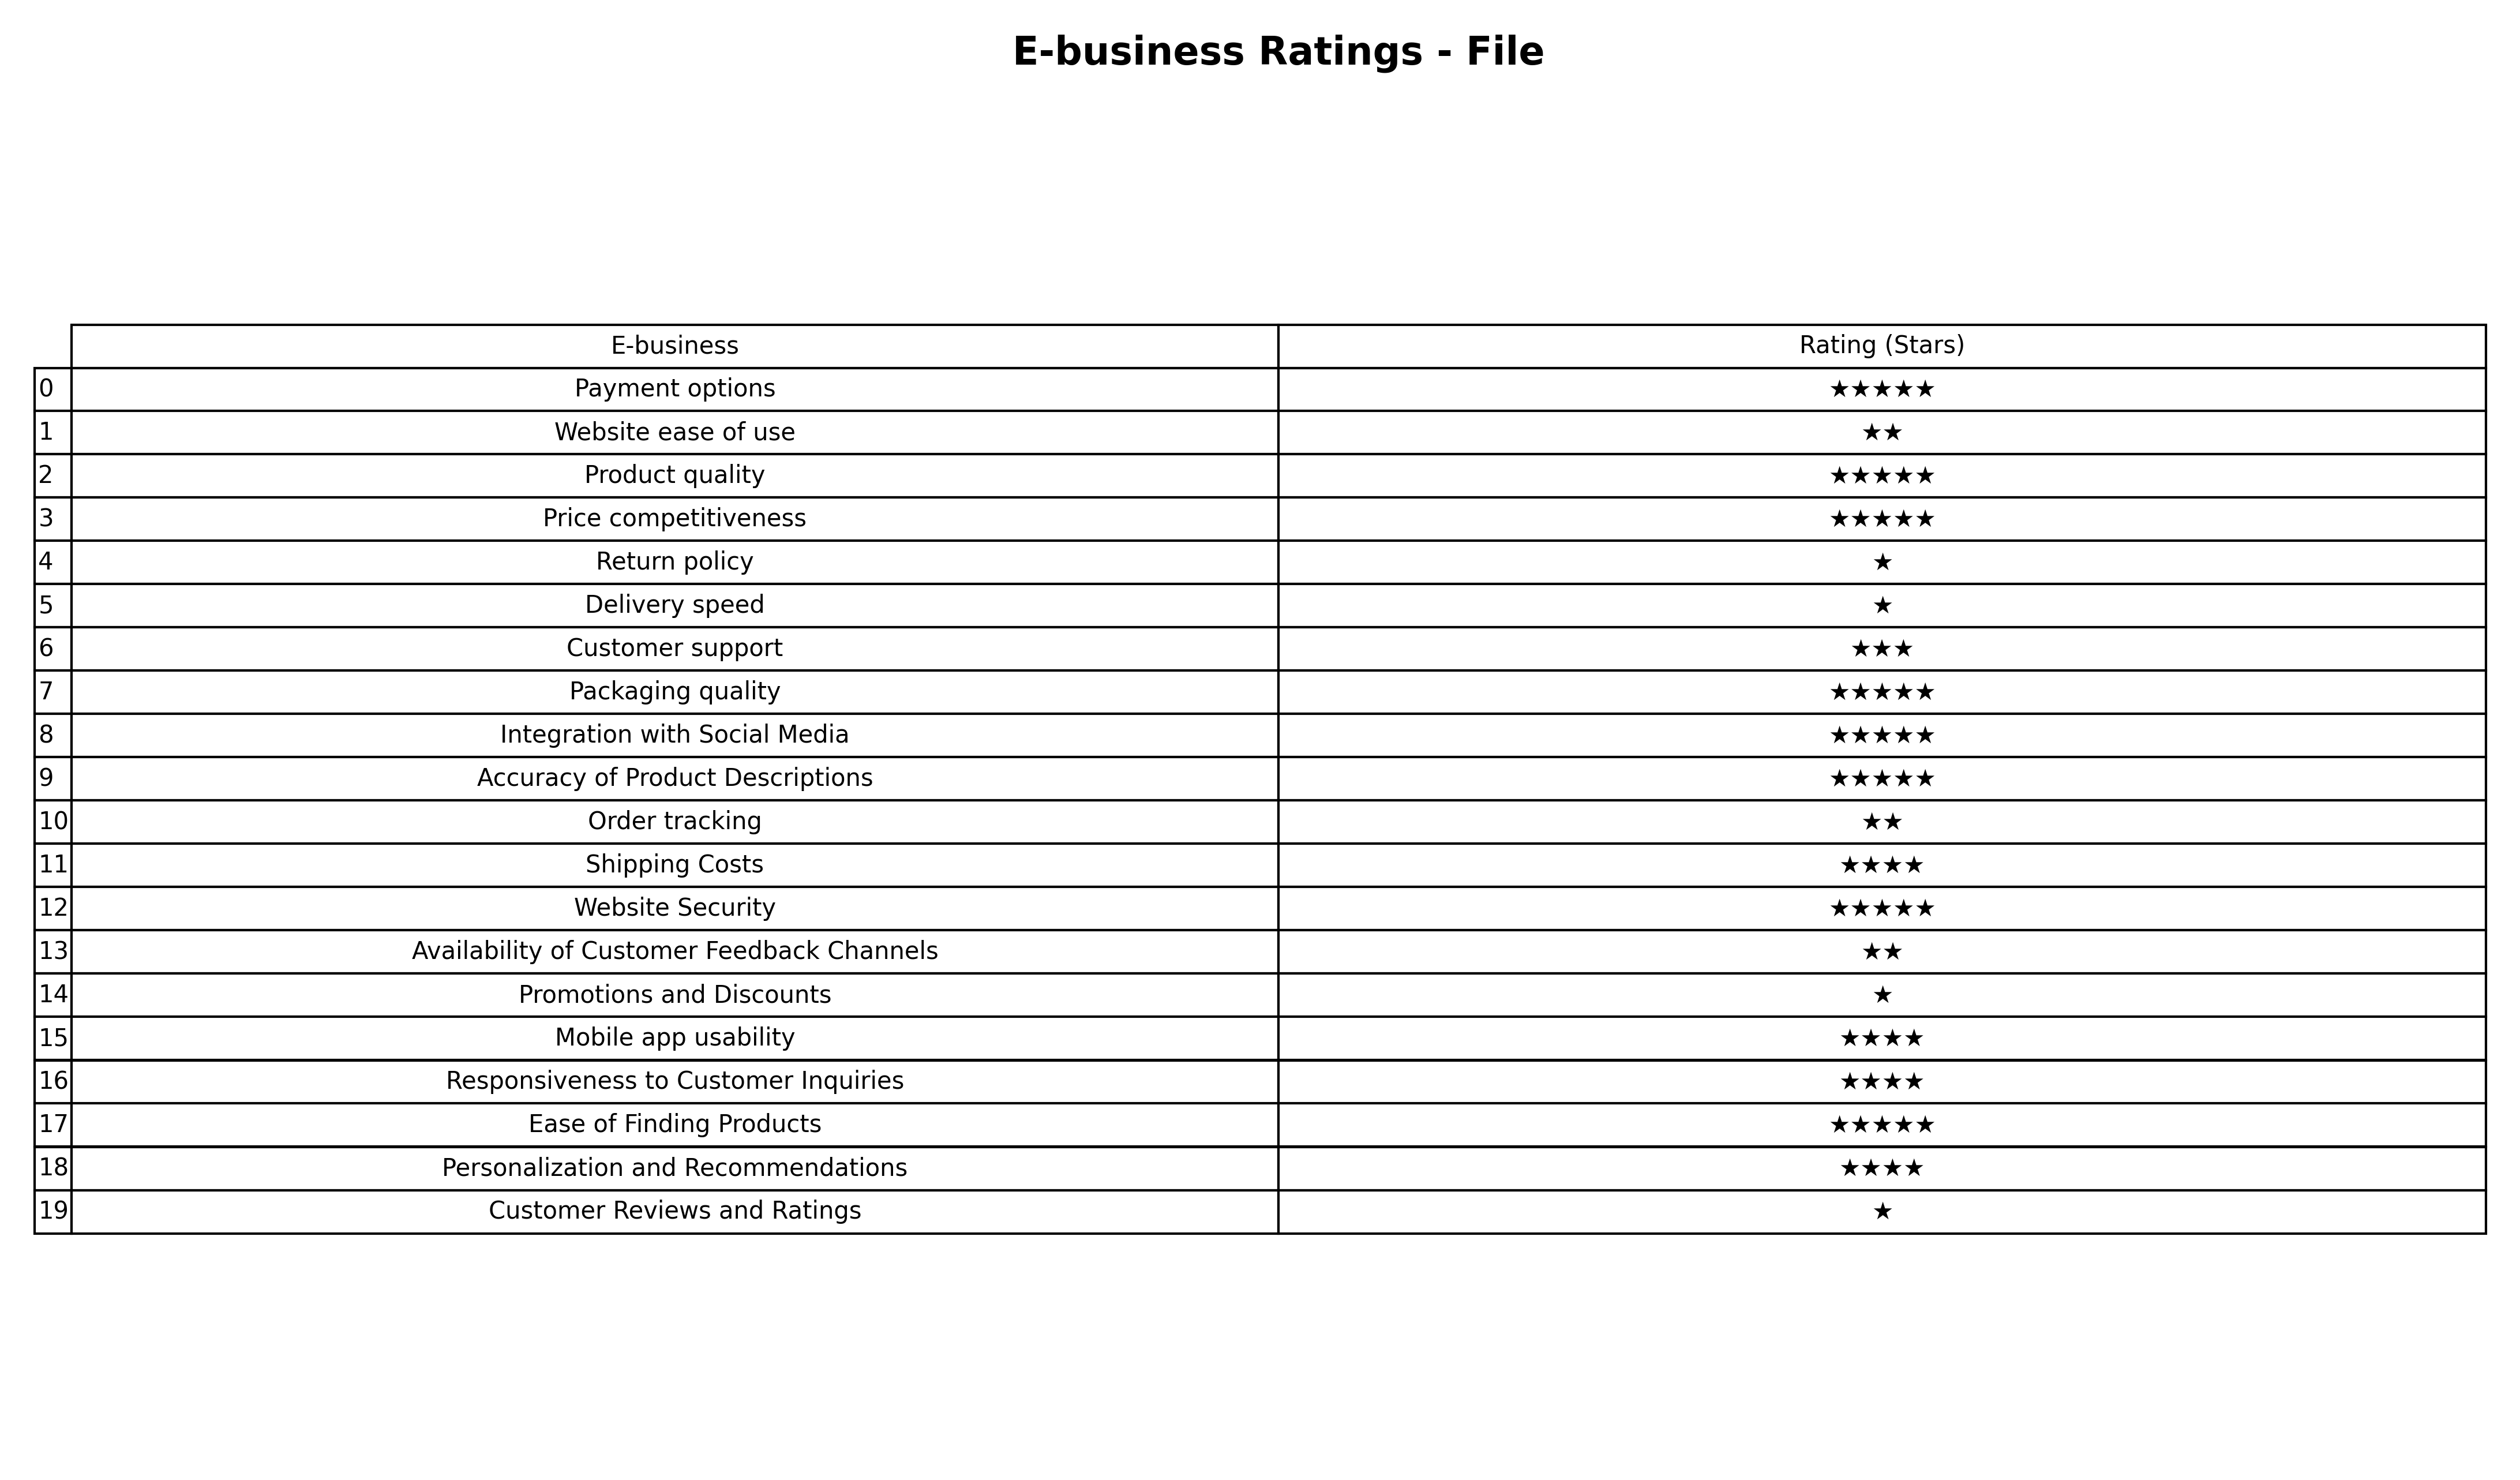
question: What are one star services?
answer: Return policyDelivery speedPromotions and DiscountsCustomer Reviews and Ratings